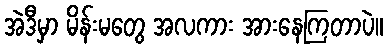
အဲဒီမှာ မိန်းမတွေ အလကား အားနေကြတာပဲ။